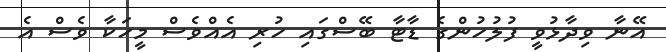
އޭނާ ވިދާޅުވީ ފުލުހުންގެ ޑާޓާ ބޭސްގައި ހުރި އެއްވެސް މީހަކާ ވެސް އެ